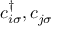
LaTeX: c _ { i \sigma } ^ { \dagger } , c _ { j \sigma }